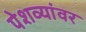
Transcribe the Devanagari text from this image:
पेशव्यांवर